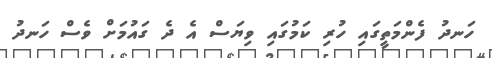
ހަނދު ފެންމަތީގައި ހުރި ކަމުގައި ވިޔަސް އެ ދެ ގައުމަށް ވެސް ހަނދު